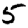
Digit: 5